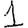
Digit: 1